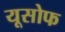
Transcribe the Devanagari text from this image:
यूसोफ